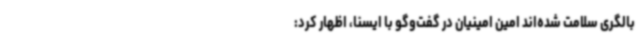
بالگری سلامت شده‌اند امین امینیان در گفت‌وگو با ایسنا، اظهار کرد: